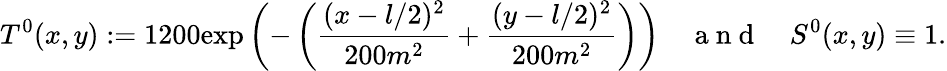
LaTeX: T^{0}(x,y):=1200\mathrm{exp}\left(-\left(\frac{(x-l/2)^{2}}{200m^{2}}+\frac{(y-l/2)^{2}}{200m^{2}}\right)\right)\quad\mathrm{~a~n~d~}\quad S^{0}(x,y)\equiv 1.